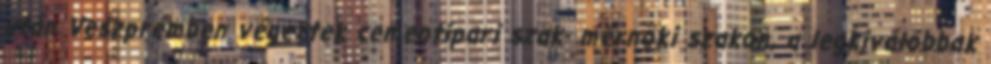
után Veszprémben végeztek cementipari szak- mérnöki szakon, a legkiválóbbak